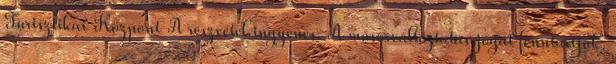
Turisztikai Központ A részvétel ingyenes. A műsorváltoztatás jogát fenntartjuk.